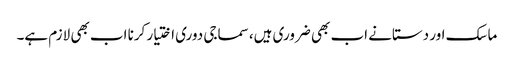
ماسک اور دستانے اب بھی ضروری ہیں، سماجی دوری اختیار کرنا اب بھی لازم ہے۔